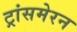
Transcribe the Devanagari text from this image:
ट्रांसमेरन